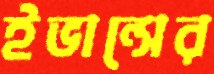
ইভান্সের